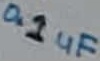
Text: 0.1uF